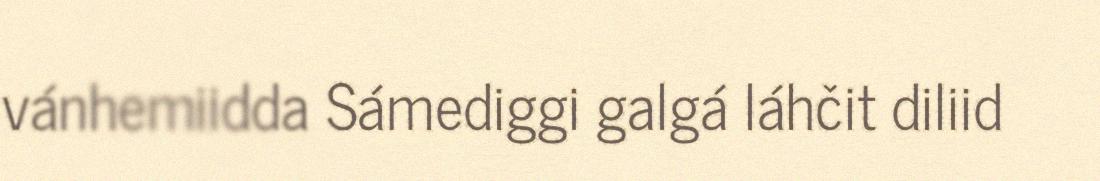
vánhemiidda Sámediggi galgá láhčit diliid